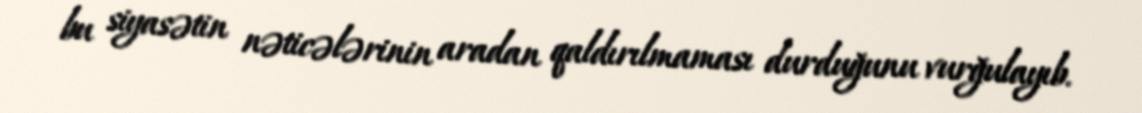
bu siyasətin nəticələrinin aradan qaldırılmaması durduğunu vurğulayıb.